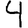
Digit: 4